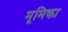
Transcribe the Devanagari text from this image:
मूमिका